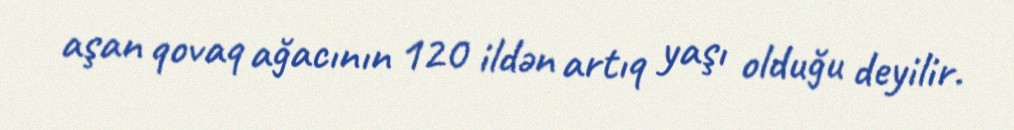
aşan qovaq ağacının 120 ildən artıq yaşı olduğu deyilir.